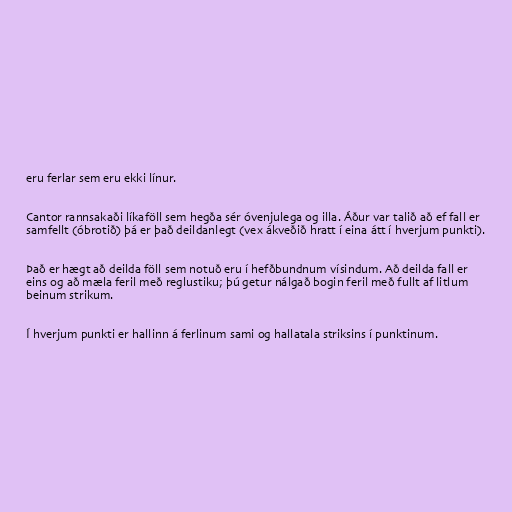
eru ferlar sem eru ekki línur.

Cantor rannsakaði líkaföll sem hegða sér óvenjulega og illa. Áður var talið að ef fall er
samfellt (óbrotið) þá er það deildanlegt (vex ákveðið hratt í eina átt í hverjum punkti).

Það er hægt að deilda föll sem notuð eru í hefðbundnum vísindum. Að deilda fall er
eins og að mæla feril með reglustiku; þú getur nálgað bogin feril með fullt af litlum
beinum strikum.

Í hverjum punkti er hallinn á ferlinum sami og hallatala striksins í punktinum.